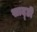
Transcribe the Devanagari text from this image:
साद्डी